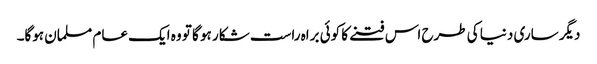
دیگر ساری دنیا کی طرح اس فتنے کا کوئی براہ راست شکار ہو گا تو وہ ایک عام مسلمان ہوگا۔